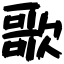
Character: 歌